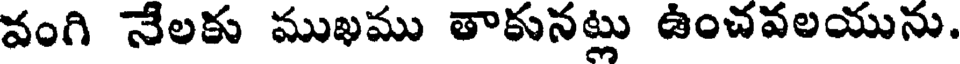
వంగి నేలకు ముఖము తాకునట్లు ఉంచవలయును.